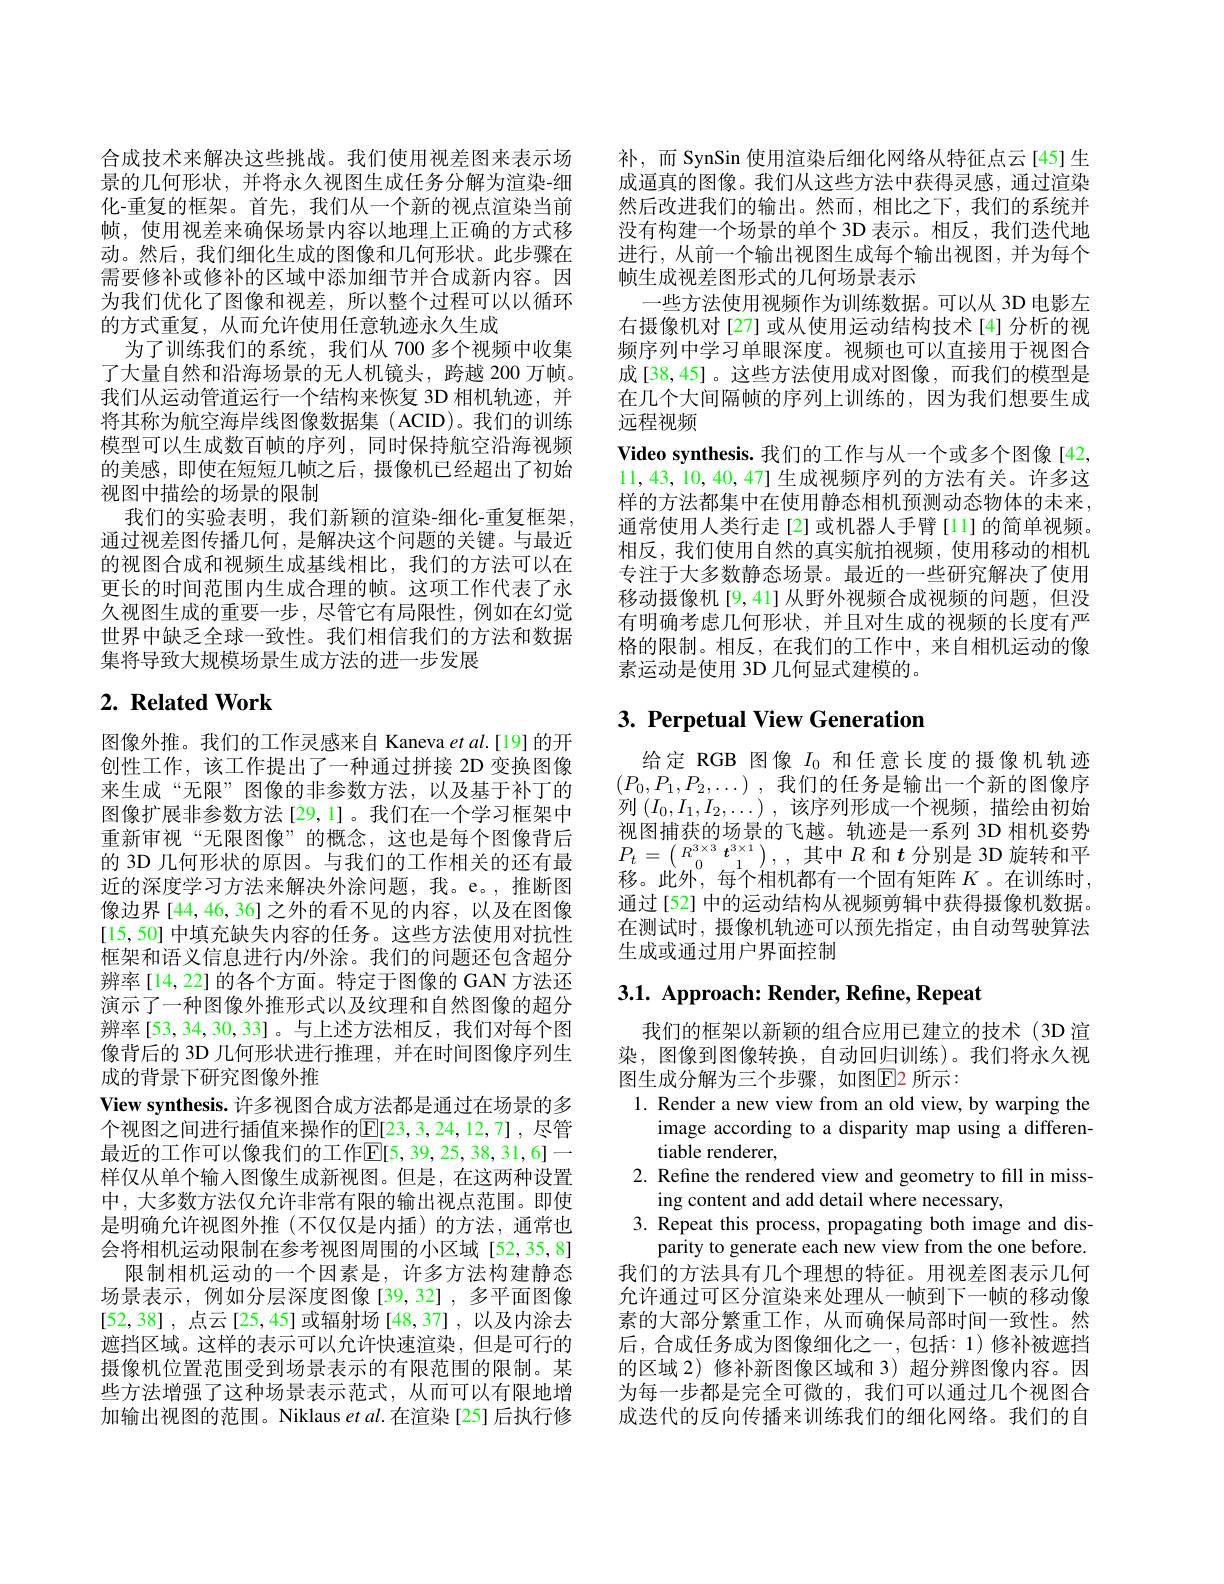
合成技术来解决这些挑战。我们使用视差图来表示场景的几何形状，并将永久视图生成任务分解为渲染-细化-重复的框架。首先，我们从一个新的视点渲染当前帧，使用视差来确保场景内容以地理上正确的方式移动。然后，我们细化生成的图像和几何形状。此步骤在需要修补或修补的区域中添加细节并合成新内容。因为我们优化了图像和视差，所以整个过程可以以循环的方式重复，从而允许使用任意轨迹永久生成
为了训练我们的系统，我们从 700 多个视频中收集了大量自然和沿海场景的无人机镜头，跨越 200 万帧。我们从运动管道运行一个结构来恢复 3D 相机轨迹，并将其称为航空海岸线图像数据集(ACID)。我们的训练模型可以生成数百帧的序列，同时保持航空沿海视频的美感，即使在短短几帧之后，摄像机已经超出了初始视图中描绘的场景的限制
我们的实验表明，我们新颖的渲染-细化-重复框架。通过视差图传播几何，是解决这个问题的关键。与最近的视图合成和视频生成基线相比，我们的方法可以在更长的时间范围内生成合理的帧。这项工作代表了永久视图生成的重要一步，尽管它有局限性，例如在幻觉世界中缺乏全球一致性。我们相信我们的方法和数据集将导致大规模场景生成方法的进一步发展

# $2. \textbf{ Related Work}$

图像外推。我们的工作灵感来自 Kaneva $etal.[19]$的开创性工作，该工作提出了一种通过拼接 2D 变换图像来生成“无限”图像的非参数方法，以及基于补丁的图像扩展非参数方法[29,1]。我们在一个学习框架中重新审视“无限图像”的概念，这也是每个图像背后的 3D 几何形状的原因。与我们的工作相关的还有最近的深度学习方法来解决外涂问题，我。e。,推断图像边界 [44,46,36] 之外的看不见的内容，以及在图像[15,50] 中填充缺失内容的任务。这些方法使用对抗性框架和语义信息进行内/外涂。我们的问题还包含超分辨率[14,22]的各个方面。特定于图像的 GAN 方法还演示了一种图像外推形式以及纹理和自然图像的超分辨率[53,34,30,33]。与上述方法相反，我们对每个图像背后的 3D 几何形状进行推理，并在时间图像序列生成的背景下研究图像外推
View synthesis. 许多视图合成方法都是通过在场景的多个视图之间进行插值来操作的$\mathbb{E}[23,3,24,12,7]$,尽管最近的工作可以像我们的工作$\mathbb{E}[5,39,25,38,31,6]$一样仅从单个输入图像生成新视图。但是，在这两种设置中，大多数方法仅允许非常有限的输出视点范围。即使是明确允许视图外推(不仅仅是内插)的方法，通常也会将相机运动限制在参考视图周围的小区域[52,35,8]
限制相机运动的一个因素是，许多方法构建静态场景表示，例如分层深度图像[39,32],多平面图像[52,38] ,点云[25,45] 或辐射场 [48,37] ,以及内涂去遮挡区域。这样的表示可以允许快速渲染，但是可行的摄像机位置范围受到场景表示的有限范围的限制。某些方法增强了这种场景表示范式，从而可以有限地增加输出视图的范围。Niklaus et al.在渲染[25]后执行修

补，而 SynSin 使用渲染后细化网络从特征点云[45]生成逼真的图像。我们从这些方法中获得灵感，通过渲染然后改进我们的输出。然而，相比之下，我们的系统并没有构建一个场景的单个 3D 表示。相反，我们迭代地进行，从前一个输出视图生成每个输出视图，并为每个帧生成视差图形式的几何场景表示
一些方法使用视频作为训练数据。可以从 3D 电影左右摄像机对[27] 或从使用运动结构技术[4] 分析的视频序列中学习单眼深度。视频也可以直接用于视图合成[38,45]。这些方法使用成对图像，而我们的模型是在几个大间隔帧的序列上训练的，因为我们想要生成远程视频
Video synthesis. 我们的工作与从一个或多个图像[42, 11,43,10,40,47]生成视频序列的方法有关。许多这样的方法都集中在使用静态相机预测动态物体的未来， 通常使用人类行走[2]或机器人手臂[1]的简单视频。相反，我们使用自然的真实航拍视频，使用移动的相机专注于大多数静态场景。最近的一些研究解决了使用移动摄像机[9,41]从野外视频合成视频的问题，但没有明确考虑几何形状，并且对生成的视频的长度有严格的限制。相反，在我们的工作中，来自相机运动的像素运动是使用 3D 几何显式建模的。

# 3. Perpetual View Generation

给定 RGB 图像$I_{0}$和任意长度的摄像机轨迹$(P_0,P_1,P_2,\ldots)$,我们的任务是输出一个新的图像序列$\left(I_0,I_1,I_2,\ldots\right)$,该序列形成一个视频，描绘由初始视图捕获的场景的飞越。轨迹是一系列 3D 相机姿势$P_{t}= \begin{pmatrix} {R^{3\times 3}}& {t^{3\times 1}}\\ {0}& {1}\end{pmatrix} $, , $其 中$ $R$和$t$分别是 3D 旋转和平$P_{t}= \begin{pmatrix} {R^{3\times 3}}& {t^{3\times 1}}\\ {0}& {t^{3\times 1}}\\ {0}& {t^{3\times 1}}\end{pmatrix} $, , $其 中$ $R$和$t$分别是 3D 旋转和平的 一 些 点 合 如 如 如 如 女 人 田 子 矩 阵 飞 车 测 体 时 移。此外，每个相机都有一个固有矩阵$K$ 。在训练时， 通过[52] 中的运动结构从视频剪辑中获得摄像机数据。在测试时，摄像机轨迹可以预先指定，由自动驾驶算法生成或通过用户界面控制

# 3.1. Approach: Render, Refine, Repeat

我们的框架以新颖的组合应用已建立的技术(3D 渲染，图像到图像转换，自动回归训练)。我们将永久视图生成分解为三个步骤，如图$\color{#c00}{\mathrm{E}}$2 所示：
1. Render a new view from an old view, by warping the
image according to a disparity map using a differen-
tiable renderer,
2. Refine the rendered view and geometry to fill in miss-
ing content and add detail where necessary,
3. Repeat this process, propagating both image and dis-
parity to generate each new view from the one before. 我们的方法具有几个理想的特征。用视差图表示几何允许通过可区分渲染来处理从一帧到下一帧的移动像素的大部分繁重工作，从而确保局部时间一致性。然后，合成任务成为图像细化之一，包括：1)修补被遮挡的区域 2) 修补新图像区域和 3) 超分辨图像内容。因为每一步都是完全可微的，我们可以通过几个视图合成迭代的反向传播来训练我们的细化网络。我们的自